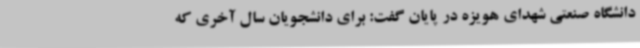
دانشگاه صنعتی شهدای هویزه در پایان گفت: برای دانشجویان سال آخری که